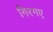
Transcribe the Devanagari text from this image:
गिरगए